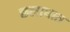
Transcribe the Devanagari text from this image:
छलाघात